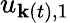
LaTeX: u_{\mathbf{k}(t),1}